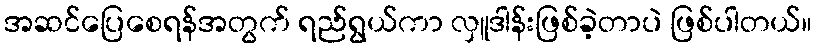
အဆင်ပြေစေရန်အတွက် ရည်ရွယ်ကာ လှူဒါန်းဖြစ်ခဲ့တာပဲ ဖြစ်ပါတယ်။